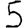
Digit: 5